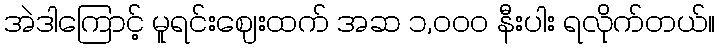
အဲဒါကြောင့် မူရင်းဈေးထက် အဆ ၁,၀၀၀ နီးပါး ရလိုက်တယ်။